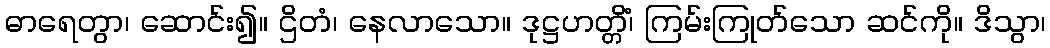
ဓာရေတွာ၊ ဆောင်း၍။ ဌိတံ၊ နေလာသော။ ဒုဋ္ဌဟတ္တိံ၊ ကြမ်းကြုတ်သော ဆင်ကို။ ဒိသွာ၊